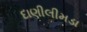
દાણીલીમડા